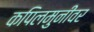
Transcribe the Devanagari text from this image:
कपिलमुनींवर